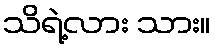
သိရဲ့လား သား။